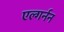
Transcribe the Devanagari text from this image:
एल्गर्नन